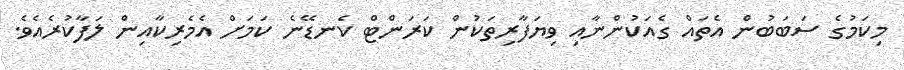
މިކަމުގެ ސަބަބުން އެތައް ގެއަކުންނާއި ވިޔަފާރިތަކުން ކަރަންޓް ކެނޑޭނެ ކަމަށް އެމެރިކާއިން ލަފާކުރެއެވެ.